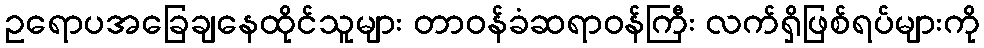
ဥရောပအခြေချနေထိုင်သူများ တာဝန်ခံဆရာဝန်ကြီး လက်ရှိဖြစ်ရပ်များကို